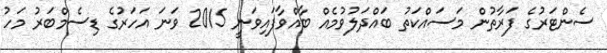
ސެންޓަރުގެ ފަރާތުން މަސައްކަތު ބައްދަލުވުމެއް ބާއްވާފައިވަނީ 2015 ވަނަ އަހަރުގެ ޑިސެމްބަރު މަހު